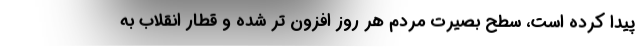
پیدا کرده است، سطح بصیرت مردم هر روز افزون تر شده و قطار انقلاب به